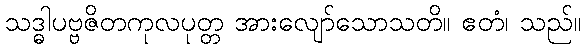
သဒ္ဓါပဗ္ဗဇိတကုလပုတ္တ အားလျော်သောသတိ။ ဧတံ၊ သည်။